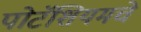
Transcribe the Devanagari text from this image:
पोटॅशियमचे